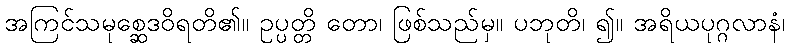
အကြင်သမုစ္ဆေဒဝိရတိ၏။ ဥပ္ပတ္တိ တော၊ ဖြစ်သည်မှ။ ပဘုတိ၊ ၍။ အရိယပုဂ္ဂလာနံ၊